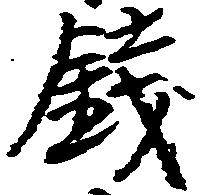
銭